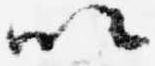
以